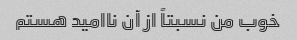
خوب من نسبتاً از آن ناامید هستم